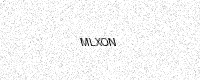
Text: MLXON